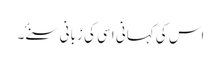
اس کی کہانی اسی کی زبانی سنۓ ۔